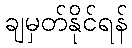
ချမှတ်နိုင်ရန်